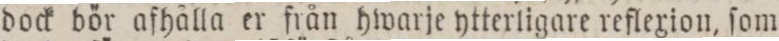
dock bör afhålla er från hwarje ytterligare reflexion, ſom